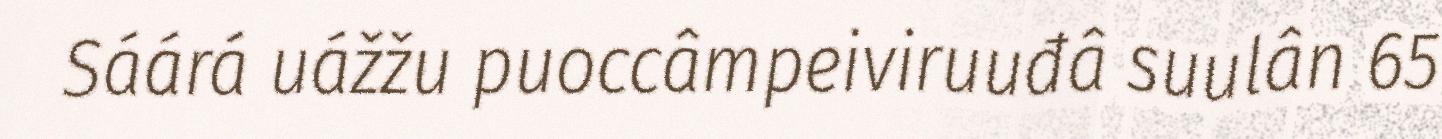
Sáárá uážžu puoccâmpeiviruuđâ suulân 65